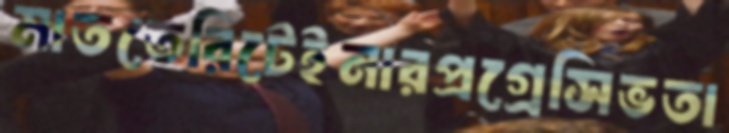
মাততেরিটেইনারপ্রগ্রেসিভতা